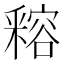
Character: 𨤛